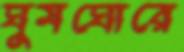
ঘুমঘোরে